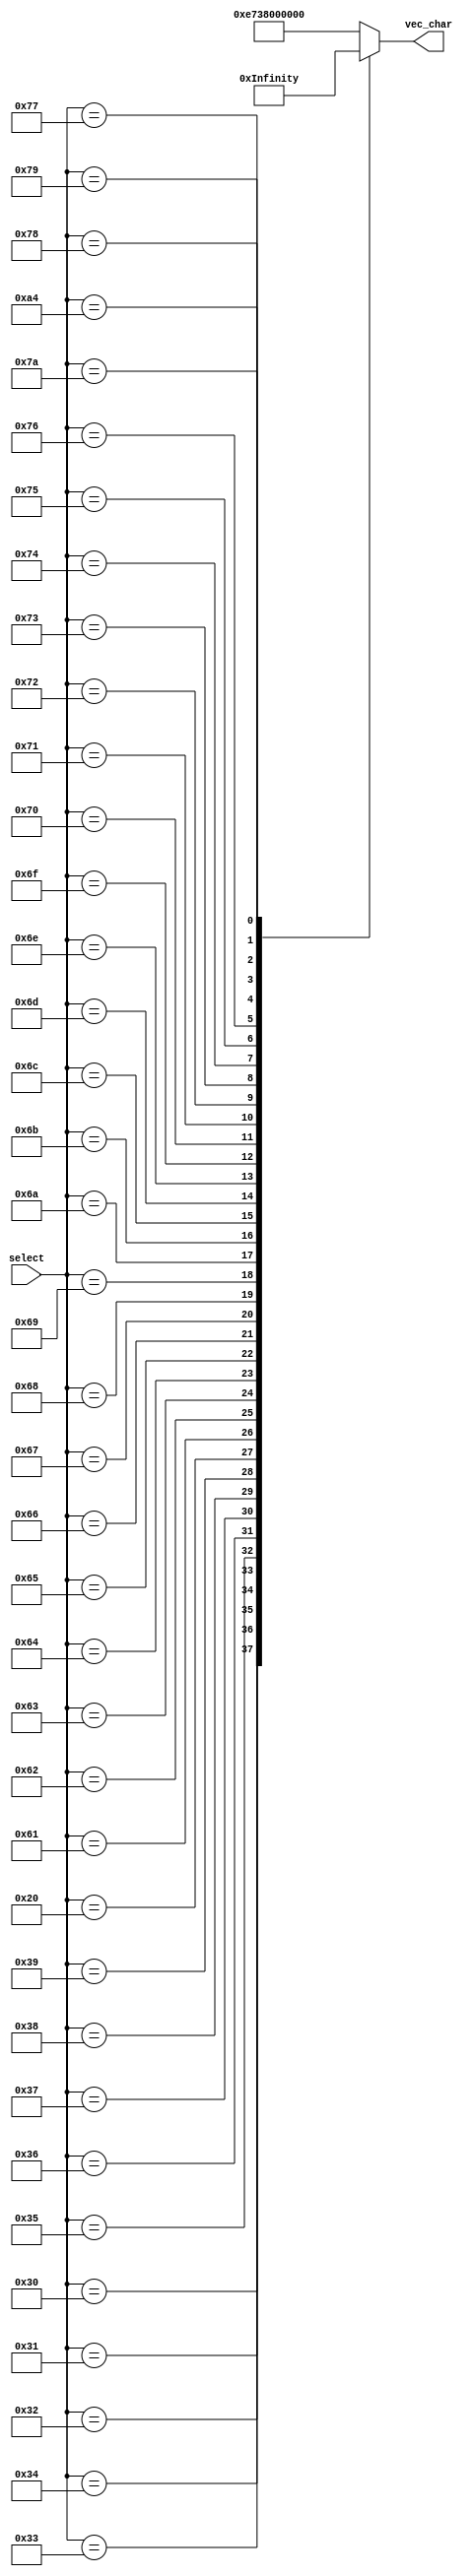
`timescale 1ns / 1ps
//////////////////////////////////////////////////////////////////////////////////
// Company: 
// 
// Design Name: 
// Module Name:    caracters 
// Project Name: 
// Target Devices: 
// Tool versions: 
// Description: 
//
// Dependencies: 
//
// Revision: 
// Revision 0.01 - File Created
// Additional Comments: 
//
//////////////////////////////////////////////////////////////////////////////////
module characters(select,vec_char);
	input [7:0] select ;
	output reg [39:0] vec_char;
	
	wire [39:0]vect_char_a;//97
	wire [39:0]vect_char_b;
	wire [39:0]vect_char_c;
	wire [39:0]vect_char_d;
	wire [39:0]vect_char_e;
	wire [39:0]vect_char_f;
	wire [39:0]vect_char_g;
	wire [39:0]vect_char_h;
	wire [39:0]vect_char_i;
	wire [39:0]vect_char_j;
	wire [39:0]vect_char_k;
	wire [39:0]vect_char_l;
	wire [39:0]vect_char_m;
	wire [39:0]vect_char_n;
	wire [39:0]vect_char_o;
	wire [39:0]vect_char_p;
	wire [39:0]vect_char_q;
	wire [39:0]vect_char_r;
	wire [39:0]vect_char_s;
	wire [39:0]vect_char_t;
	wire [39:0]vect_char_u;
	wire [39:0]vect_char_v;
	wire [39:0]vect_char_w;
	wire [39:0]vect_char_x;
	wire [39:0]vect_char_y;
	wire [39:0]vect_char_z;
	wire [39:0]vect_char_nn;
	wire [39:0] vect_char_space;
	
	wire [39:0]vect_num_0;//48
	wire [39:0]vect_num_1;
	wire [39:0]vect_num_2;
	wire [39:0]vect_num_3;
	wire [39:0]vect_num_4;
	wire [39:0]vect_num_5;
	wire [39:0]vect_num_6;
	wire [39:0]vect_num_7;
	wire [39:0]vect_num_8;
	wire [39:0]vect_num_9;
	wire [39:0]vect_num_p;
	
	assign vect_char_space={5'b00000,5'b00000,5'b00000,5'b00000,5'b00000,5'b00000,5'b00000,5'b00000};
	assign vect_char_a={5'b00000,5'b11110,5'b10001,5'b11110,5'b10000,5'b01110,5'b00000,5'b00000};
	assign vect_char_b={5'b00000,5'b01111,5'b10001,5'b10001,5'b10011,5'b01101,5'b00001,5'b00001};
	assign vect_char_c={5'b00000,5'b01110,5'b10001,5'b00001,5'b00001,5'b01110,5'b00000,5'b00000};
	assign vect_char_d={5'b00000,5'b11110,5'b10001,5'b10001,5'b11001,5'b10110,5'b10000,5'b10000};
	assign vect_char_e={5'b00000,5'b01110,5'b00001,5'b11111,5'b10001,5'b01110,5'b00000,5'b00000};
	assign vect_char_f={5'b00000,5'b00010,5'b00010,5'b00010,5'b00111,5'b00010,5'b10010,5'b01100};
	assign vect_char_g={5'b00000,5'b01110,5'b10000,5'b11110,5'b10001,5'b10001,5'b11110,5'b00000};
	assign vect_char_h={5'b00000,5'b10001,5'b10001,5'b10001,5'b10011,5'b01101,5'b00001,5'b00001};
	assign vect_char_i={5'b00000,5'b01110,5'b00100,5'b00100,5'b00100,5'b00110,5'b00000,5'b00100};
	assign vect_char_j={5'b00000,5'b00110,5'b01001,5'b01000,5'b01000,5'b01100,5'b00000,5'b01000};
	assign vect_char_k={5'b00000,5'b01001,5'b00101,5'b00011,5'b00101,5'b01001,5'b00001,5'b00001};
	assign vect_char_l={5'b00000,5'b01110,5'b00100,5'b00100,5'b00100,5'b00100,5'b00100,5'b00110};
	assign vect_char_m={5'b00000,5'b10001,5'b10001,5'b10101,5'b10101,5'b01011,5'b00000,5'b00000};
	assign vect_char_n={5'b00000,5'b10001,5'b10001,5'b10001,5'b10011,5'b01101,5'b00000,5'b00000};
	assign vect_char_o={5'b00000,5'b01110,5'b10001,5'b10001,5'b10001,5'b01110,5'b00000,5'b00000};
	assign vect_char_p={5'b00010,5'b00010,5'b01110,5'b10010,5'b01100,5'b00000,5'b00000,5'b00000};
    assign vect_char_q={5'b01000,5'b01000,5'b01110,5'b01001,5'b00110,5'b00000,5'b00000,5'b00000};
    assign vect_char_r={5'b00010,5'b00010,5'b00010,5'b10110,5'b01010,5'b00000,5'b00000,5'b00000};
    assign vect_char_s={5'b01100,5'b10010,5'b10000,5'b01100,5'b00010,5'b10010,5'b01100,5'b00000};
    assign vect_char_t={5'b01000,5'b00100,5'b00100,5'b01110,5'b00100,5'b00000,5'b00000,5'b00000};
    assign vect_char_u={5'b01110,5'b10001,5'b10001,5'b10001,5'b10001,5'b00000,5'b00000,5'b00000};
    assign vect_char_v={5'b00100,5'b01010,5'b01010,5'b10001,5'b10001,5'b00000,5'b00000,5'b00000};
    assign vect_char_w={5'b01010,5'b11111,5'b10101,5'b10001,5'b10001,5'b00000,5'b00000,5'b00000};
    assign vect_char_x={5'b01010,5'b01010,5'b00100,5'b01010,5'b01010,5'b00000,5'b00000,5'b00000};
    assign vect_char_y={5'b00100,5'b00100,5'b00100,5'b01010,5'b01010,5'b00000,5'b00000,5'b00000};
    assign vect_char_z={5'b01110,5'b00010,5'b00100,5'b01000,5'b01110,5'b00000,5'b00000,5'b00000};
    assign vect_char_nn={5'b10001,5'b11001,5'b10101,5'b10011,5'b10001,5'b00000,5'b01110,5'b00000};

	//COMPLETAR EL RESTO DE LAS LETRAS

	assign vect_num_0={5'b00000,5'b01110,5'b10001,5'b10011,5'b10101,5'b11001,5'b10001,5'b01110};
	assign vect_num_1={5'b00000,5'b01110,5'b00100,5'b00100,5'b00100,5'b00100,5'b00110,5'b00100};
	assign vect_num_2={5'b00000,5'b11111,5'b00010,5'b00100,5'b01000,5'b10000,5'b10001,5'b01110};
	assign vect_num_3={5'b00000,5'b01110,5'b10001,5'b10000,5'b01000,5'b00100,5'b01000,5'b11111};
	assign vect_num_4={5'b00000,5'b01000,5'b01000,5'b11111,5'b01001,5'b01010,5'b01100,5'b01000};
	assign vect_num_5={5'b01110,5'b10001,5'b10000,5'b10000,5'b01110,5'b00001,5'b00001,5'b11111};
	assign vect_num_6={5'b01110,5'b10001,5'b10001,5'b01111,5'b00001,5'b00001,5'b00001,5'b01110};
    assign vect_num_7={5'b00010,5'b00010,5'b00100,5'b00100,5'b01000,5'b01000,5'b10000,5'b11111};
    assign vect_num_8={5'b01110,5'b10001,5'b10001,5'b10001,5'b01110,5'b10001,5'b10001,5'b01110};
    assign vect_num_9={5'b10000,5'b10000,5'b10000,5'b11110,5'b10001,5'b10001,5'b10001,5'b01110};
    assign vect_num_p={5'b11100,5'b11100,5'b11100,5'b00000,5'b00000,5'b00000,5'b00000,5'b00000};
	//COMPLETAR EL RESTO DE LOS NUMEROS


	always@(*)
		case(select)
			"0":vec_char=vect_num_0;
			"1":vec_char=vect_num_1;
			"2":vec_char=vect_num_2;
			"3":vec_char=vect_num_3;
			"4":vec_char=vect_num_4;
			"5":vec_char=vect_num_5;
			"6":vec_char=vect_num_6;
			"7":vec_char=vect_num_7;
			"8":vec_char=vect_num_8;
			"9":vec_char=vect_num_9;
			8'd46:vec_char=vect_num_p;
			8'd32:vec_char=vect_char_space;
			8'd97:vec_char=vect_char_a;
			8'd98:vec_char=vect_char_b;
			8'd99:vec_char=vect_char_c;
			8'd100:vec_char=vect_char_d;
			8'd101:vec_char=vect_char_e;
			8'd102:vec_char=vect_char_f;
			8'd103:vec_char=vect_char_g;
			8'd104:vec_char=vect_char_h;
			8'd105:vec_char=vect_char_i;
			8'd106:vec_char=vect_char_j;
			8'd107:vec_char=vect_char_k;
			8'd108:vec_char=vect_char_l;
			8'd109:vec_char=vect_char_m;
			8'd110:vec_char=vect_char_n;
			8'd111:vec_char=vect_char_o;
			8'd112:vec_char=vect_char_p;
			8'd113:vec_char=vect_char_q;
			8'd114:vec_char=vect_char_r;
			8'd115:vec_char=vect_char_s;
			8'd116:vec_char=vect_char_t;
			8'd117:vec_char=vect_char_u;
			8'd118:vec_char=vect_char_v;
			8'd119:vec_char=vect_char_w;
			8'd120:vec_char=vect_char_x;
			8'd121:vec_char=vect_char_y;
			8'd122:vec_char=vect_char_z;
			8'd164:vec_char=vect_char_nn;//
			default :vec_char=vect_num_p;//punto
	endcase
endmodule